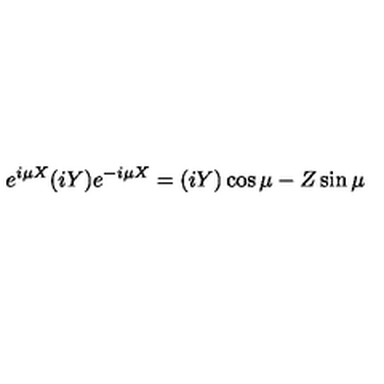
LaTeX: e ^ { i \mu X } ( i Y ) e ^ { - i \mu X } = ( i Y ) \cos \mu - Z \sin \mu